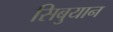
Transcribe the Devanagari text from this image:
सिबुयान